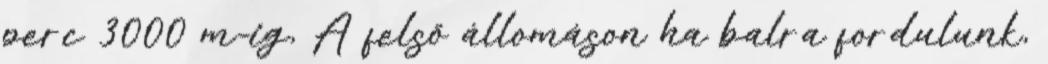
perc 3000 m-ig, A felső állomáson ha balra fordulunk,